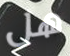
هل